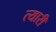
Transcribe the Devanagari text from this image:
त्यारी